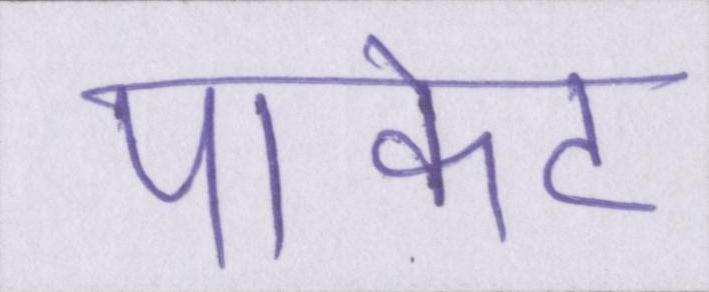
पाकेट